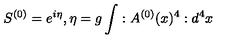
S ^ { ( 0 ) } = e ^ { i \eta } , \eta = g \int : A ^ { ( 0 ) } ( x ) ^ { 4 } : d ^ { 4 } x